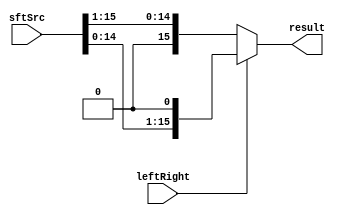
module Shifter( result, leftRight, sftSrc );

//I/O ports 
output	[16-1:0] result;

input			leftRight;
input	[16-1:0] sftSrc ;

//Internal Signals
wire	[16-1:0] result;
  
//Main function
/*your code here*/

assign result = leftRight ? sftSrc << 1 : sftSrc >> 1;

endmodule